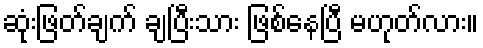
ဆုံးဖြတ်ချက် ချပြီးသား ဖြစ်နေပြီ မဟုတ်လား။